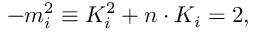
- m _ { i } ^ { 2 } \equiv K _ { i } ^ { 2 } + n \cdot K _ { i } = 2 ,